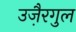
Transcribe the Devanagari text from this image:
उजै़रगुल